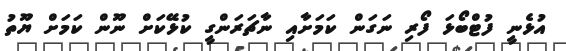
އުޅެނީ ފުޓްބޯޅަ ފޯރި ނަގަން ކަމަށާއި ނާޗަރަންގީ ކުޅޭކަށް ނޫން ކަމަށް ޔޫތު